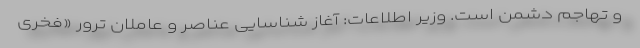
و تهاجم دشمن است. وزیر اطلاعات: آغاز شناسایی عناصر و عاملان ترور «فخری